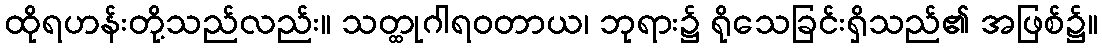
ထိုရဟန်းတို့သည်လည်း။ သတ္ထုဂါရဝတာယ၊ ဘုရား၌ ရိုသေခြင်းရှိသည်၏ အဖြစ်၌။